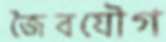
জৈবযৌগ